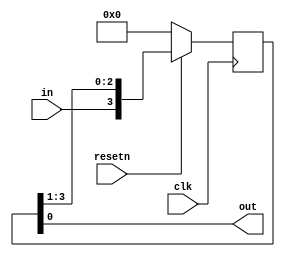
module top_module (
    input clk,
    input resetn,   // synchronous reset
    input in,
    output reg out);
	
    reg [3:0] D;
    assign out = D[0];
    always@(posedge clk) begin
        if(!resetn) begin
        	D <= 0;
        end
        else begin
            D <= {in,D[3:1]};
        end
    end
endmodule